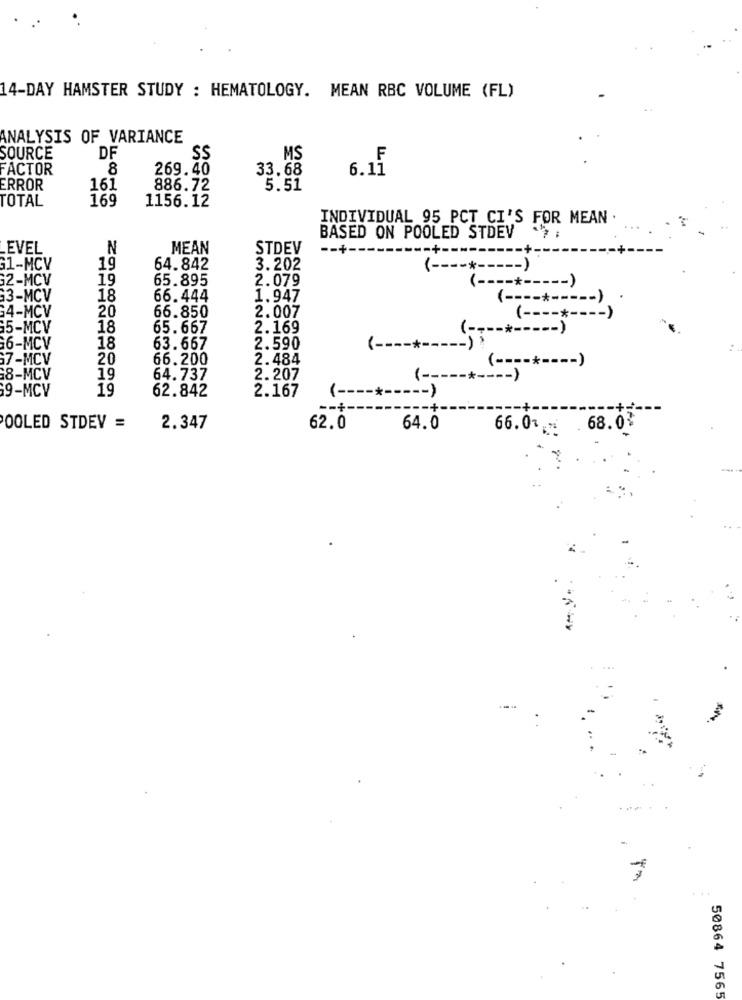
14-DAY HAMSTER STUDY : HEMATOLOGY. MEAN RBC VOLUME (FL)
ANALYSIS OF VARIANCE
SOURCE
DF
SS
MS
F
FACTOR
8
269.40
33.68
6.11
ERROR
161
886.72
5.51
169
1156.12
TOTAL
INDIVIDUAL 95 PCT CI'S FOR MEAN .
BASED ON POOLED STDEV "7;
EVEL
N
MEAN
STDEV
-- + --
G1-MCV
19
64.842
3.202
( ----*----- )
G2-MCV
19
65.895
2.079
( ----*----- )
13-MCV
18
66.444
1.947
20
( --------- )
4-MCV
66.850
2.007
( ---- + ---- )
5-MCV
18
65.667
2.169
( ----*----- )
6-MCV
18
63.667
2.590
( ----*----- ) :
17-MCV
20
66.200
2.484
( ----*---- )
8-MCV
19
64.737
2.207
( --------- )
9-MCV
19
62.842
2.167
( ----*----- )
-- + --
OOLED STDEV =
2.347
62.0
64.0
66.0% * . 68.03
50864 7565